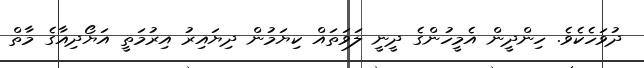
ދުވަހެކެވެ. ހިންދީން އެމީހުންގެ ދީނީ ލަވަތައް ކިޔަމުން ދިޔައިރު އިރުމަތީ އަޔޯދިއާގެ މާތް